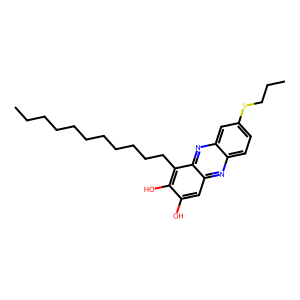
SMILES: CCCCCCCCCCCc1c(O)c(O)cc2nc3ccc(SCCC)cc3nc12
Inhibits HIV replication: No